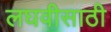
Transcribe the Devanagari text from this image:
लघवीसाठी